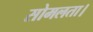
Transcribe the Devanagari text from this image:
सोमलता।